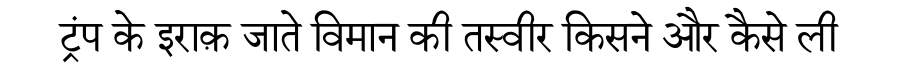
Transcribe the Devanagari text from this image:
ट्रंप के इराक़ जाते विमान की तस्वीर किसने और कैसे ली